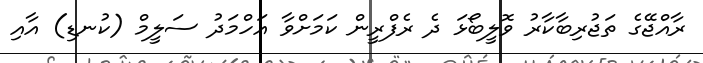
ރާއްޖޭގެ ތަޖުރިބާކާރު ވޮލީބޯޅަ ދެ ރެފްރީން ކަމަށްވާ އަހްމަދު ސަލީމް (ކުނޑި) އާއި